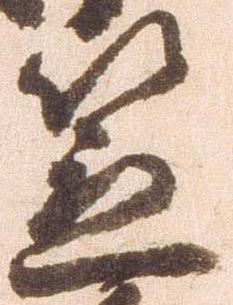
笠